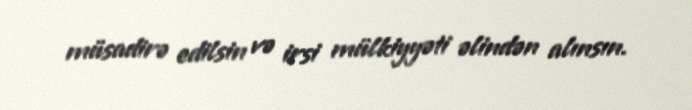
müsadirə edilsin və irsi mülkiyyəti əlindən alınsın.